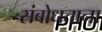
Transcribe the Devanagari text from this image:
संबोधताना